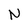
Character: N